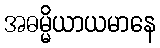
အဓမ္မိယာယမာနေ